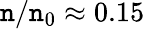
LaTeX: \mathtt{n}/\mathtt{n}_{0}\approx0.15